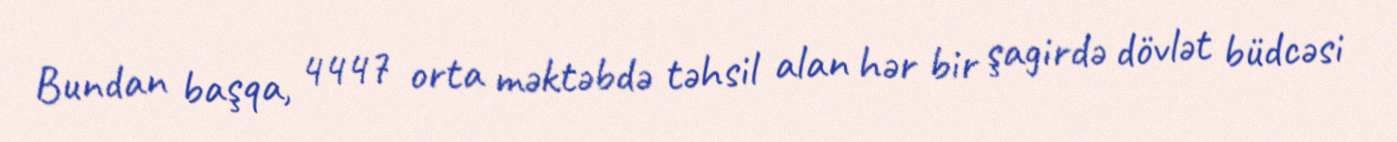
Bundan başqa, 4447 orta məktəbdə təhsil alan hər bir şagirdə dövlət büdcəsi